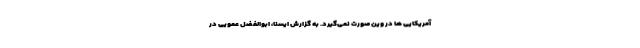
آمریکایی ها در وین صورت نمی‌گیرد. به گزارش ایسنا، ابوالفضل عمویی در